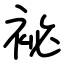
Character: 袐